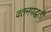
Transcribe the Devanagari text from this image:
वतनपद्धती